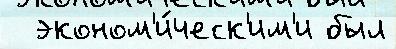
  эконом'и́ческ'им'и был